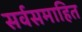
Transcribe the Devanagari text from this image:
सर्वसमाहित